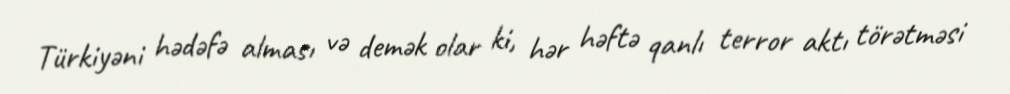
Türkiyəni hədəfə alması və demək olar ki, hər həftə qanlı terror aktı törətməsi